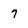
Character: 7